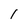
Character: l